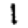
Digit: 1